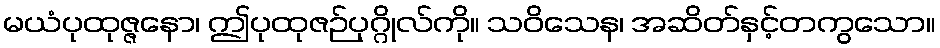
မယံပုထုဇ္ဇနော၊ ဤပုထုဇဉ်ပုဂ္ဂိုလ်ကို။ သဝိသေန၊ အဆိတ်နှင့်တကွသော။